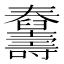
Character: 𦦾